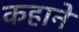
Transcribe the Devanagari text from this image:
कहाने